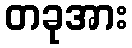
တခုအား